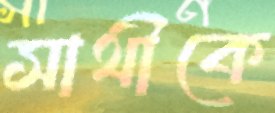
সাথীকে